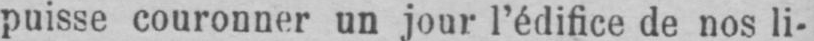
puisse couronner un jour l’édifice de nos li-